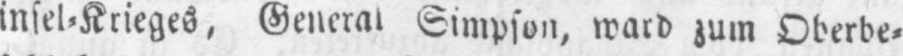
insel⸗Krieges, General Simpson, ward zum Oberbe⸗